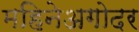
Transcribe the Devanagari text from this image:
महिनेअगोदर